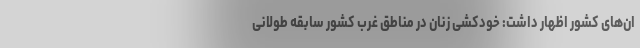
ان‌های کشور اظهار داشت: خودکشی زنان در مناطق غرب کشور سابقه طولانی